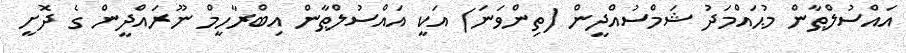
އައްސުލްޠާން މުޙައްމަދު ޝަމްސުއްދީން (ތިންވަނަ) އަކީ އައްސުލްޠާން އިބްރާހީމް ނޫރައްދީން ގެ ދޮށީ